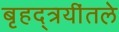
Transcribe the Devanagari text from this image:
बृहद्त्रयींतले